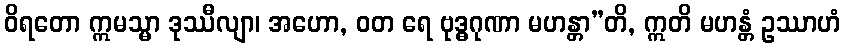
ဝိရတော ဣမသ္မာ ဒုဿီလျာ၊ အဟော, ဝတ ရေ ဗုဒ္ဓဂုဏာ မဟန္တာ”တိ, ဣတိ မဟန္တံ ဥဿာဟံ